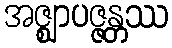
အဇ္ဈာပဇ္ဇန္တဿ